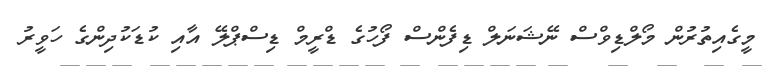
މީގެއިތުރުން މޯލްޑިވްސް ނޭޝަނަލް ޑިފެންސް ފޯހުގެ ޑްރީމް ޑިސްޕްލޭ އާއި ކުޑަކުދިންގެ ހަވީރު